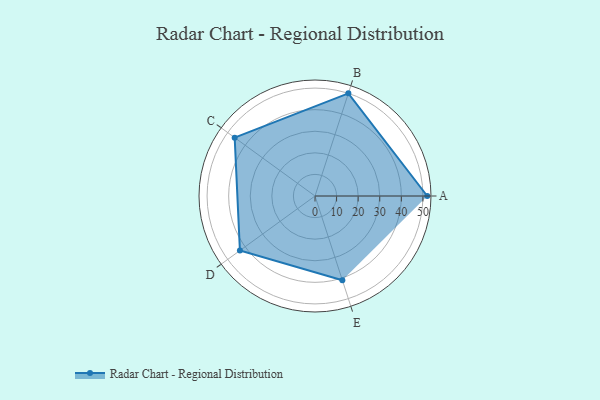
{"axis": {"x": "Skill", "y": "Score"}, "legend": ["Profile"], "data": [{"x": "A", "y": 52.0, "type": "Profile"}, {"x": "B", "y": 50.0, "type": "Profile"}, {"x": "C", "y": 46.0, "type": "Profile"}, {"x": "D", "y": 43.0, "type": "Profile"}, {"x": "E", "y": 41.0, "type": "Profile"}]}